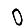
Digit: 0